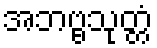
အဘဗ္ဗသုတ္တံ